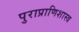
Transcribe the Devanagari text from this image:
पुराप्राणिशास्त्र